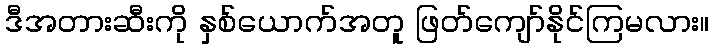
ဒီအတားဆီးကို နှစ်ယောက်အတူ ဖြတ်ကျော်နိုင်ကြမလား။